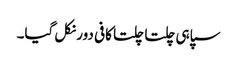
سپاہی چلتا چلتا کافی دور نکل گیا۔